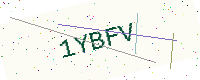
Text: 1YBFV